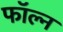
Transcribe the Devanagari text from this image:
फॉल्न